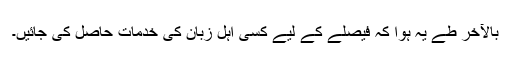
بالآخر طے یہ ہوا کہ فیصلے کے لیے کسی اہلِ زبان کی خدمات حاصل کی جائیں۔